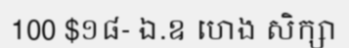
100 $១៨- ឯ.ឧ ហេង សិក្សា